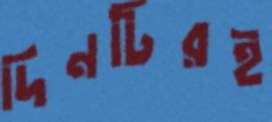
দিনটিরই